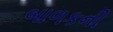
બાળકની